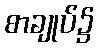
စာချုပ်၌